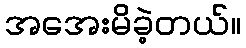
အအေးမိခဲ့တယ်။